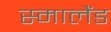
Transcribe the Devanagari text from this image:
स्मालैंड